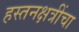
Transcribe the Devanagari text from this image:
हस्तनक्षत्रींचा